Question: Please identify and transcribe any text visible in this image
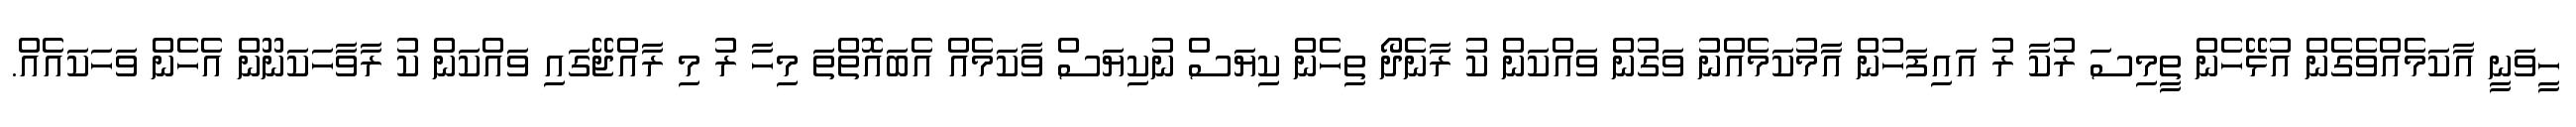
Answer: ހީވަނީ އާކަމެއްވެގެން އުޅޭހެން ތީމިސަ ރުކާ ރު އައިފަހުން އާމުކަމެއްނު ވަގުން ވައްކަން ކު ރާނެދޯ ތިހެން ކިޔަސް ނުކިޔަސް ވާކަމެއް އެބައޮތްތަ މިހާ ރު މި ރާއްޖޭގައި ވައްކަން ކު ރާވާހަކަނޫން އެހެން ވަހަކައެއް.